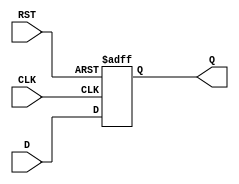
module IntermediateRegister (
    input wire [N-1:0] D,    // Data input
    input wire CLK,           // Clock input
    input wire RST,           // Asynchronous reset
    output reg [N-1:0] Q      // Data output
);
    parameter N = 8;          // Define the width of the register (default is 8 bits)

    // Sequential logic block
    always @(posedge CLK or posedge RST) begin
        if (RST) begin
            Q <= {N{1'b0}};    // Asynchronous reset to 0
        end else begin
            Q <= D;            // Capture input data on clock edge
        end
    end

endmodule